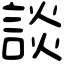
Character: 談